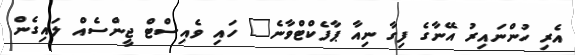
އެރި ހުންނައިރު އޭނާގެ ފިގާ ނިއާ ޕާފެކްޓްވާނެ" ހައި ވެއިސްޓް ޖީންސެއް ލައިގެން